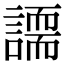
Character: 𧬐